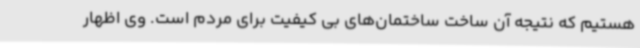
هستیم که نتیجه آن ساخت ساختمان‌های بی کیفیت برای مردم است. وی اظهار